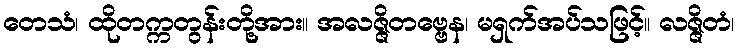
တေသံ၊ ထိုတက္ကတွန်းတို့အား။ အလဇ္ဇိတဗ္ဗေန၊ မရှက်အပ်သဖြင့်။ လဇ္ဇိတံ၊